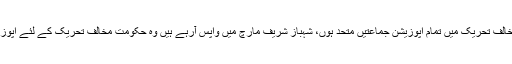
ن لیگ یہ چاہتی ہے کہ حکومت مخالف تحریک میں تمام اپوزیشن جماعتیں متحد ہوں، شہباز شریف مارچ میں واپس آرہے ہیں وہ حکومت مخالف تحریک کے لئے اپوزیشن رہنماں کو اعتماد میں لیں گے۔